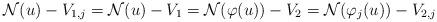
LaTeX: \begin{align*} {\cal N}(u)- V_{1,j} = {\cal N}(u)- V_1 = {\cal N}(\varphi(u))- V_2 = {\cal N}(\varphi_j(u))- V_{2,j}\end{align*}